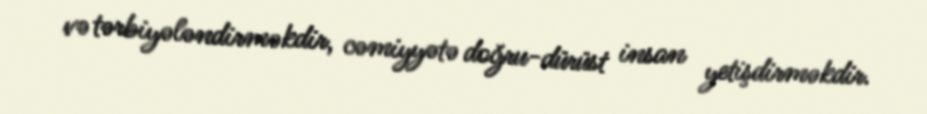
və tərbiyələndirməkdir, cəmiyyətə doğru-dürüst insan yetişdirməkdir.